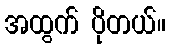
အထွက် ပိုတယ်။